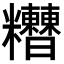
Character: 𥽾